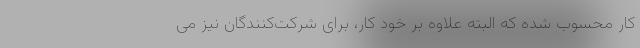
کار محسوب شده که البته علاوه بر خود کار، برای شرکت‌کنندگان نیز می